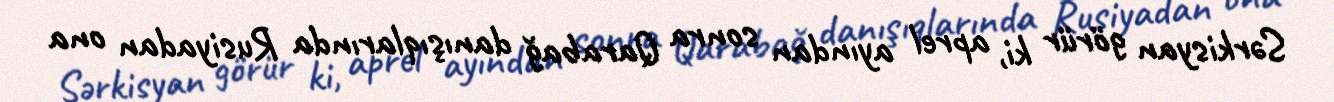
Sərkisyan görür ki, aprel ayından sonra Qarabağ danışıqlarında Rusiyadan ona